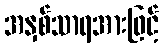
အနှစ်သာရအားဖြင့်